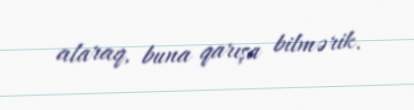
alaraq, buna qarışa bilmərik.